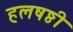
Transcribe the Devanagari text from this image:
हलषष्ठी